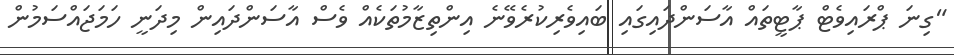
"ގިނަ ޕްރައިވެޓް ޕާޓީތައް އާސަންދައިގައި ބައިވެރިކުރެވޭނެ އިންތިޒާމުތަކެއް ވެސް އާސަންދައިން މިދަނީ ހަމަޖައްސަމުން